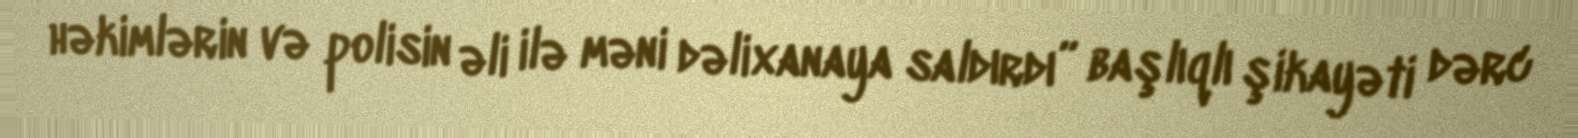
həkimlərin və polisin əli ilə məni dəlixanaya saldırdı” başlıqlı şikayəti dərc